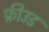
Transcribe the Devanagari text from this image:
फ्रीउड